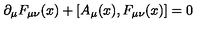
\partial _ { \mu } F _ { \mu \nu } ( x ) + [ A _ { \mu } ( x ) , F _ { \mu \nu } ( x ) ] = 0